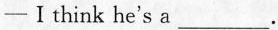
—Ⅰ think he's a ___